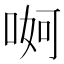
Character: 𠶚